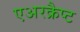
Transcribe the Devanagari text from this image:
एअरक्रैप्ट